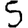
Digit: 5